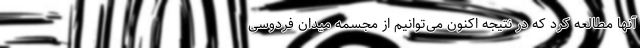
آنها مطالعه کرد که در نتیجه اکنون می‌توانیم از مجسمه میدان فردوسی